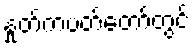
နှုတ်ကပတ်တော်တွင်